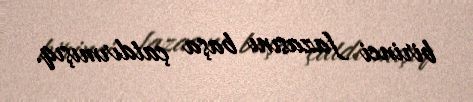
birinci fazasını başa çatdırmışıq.